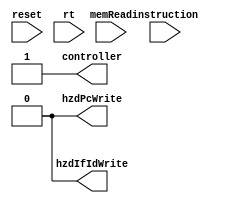
module hazardUnit (
  //INPUTS
  input wire reset,
  input wire [4:0] rt,
  input wire memRead,
  input wire [31:0] instruction,

  //OUTPUTS
  output reg controller,
  output reg hzdPcWrite,
  output reg hzdIfIdWrite
);

  always @(reset) begin
    hzdPcWrite <= 1'b0;
    hzdIfIdWrite <= 1'b0;
    controller <= 1'b1;
  end

  // Stall
  always @ (*) begin
    if (memRead && ((rt == instruction[25:21]) || (rt == instruction[20:16]))) begin
      controller <= 1'b1;
      hzdIfIdWrite <= 1'b0;
      hzdPcWrite <= 1'b0;
    end else begin
      controller <= 1'b0;
      hzdIfIdWrite <= 1'b1;
      hzdPcWrite <= 1'b1;
    end
  end
endmodule